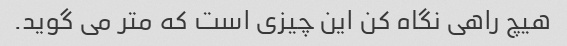
هیچ راهی نگاه کن این چیزی است که متر می گوید.